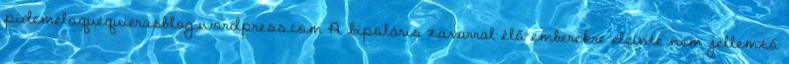
pidemeloquequierasblog.wordpress.com A bipoláris zavarral élő emberekre eleinte nem jellemző